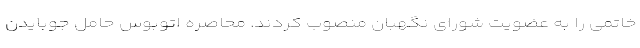
خاتمی را به عضویت شورای نگهبان منصوب کردند. محاصره اتوبوس حامل جوبایدن